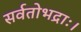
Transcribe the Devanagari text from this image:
सर्वतोभद्राः।